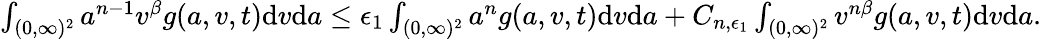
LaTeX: \begin{array}{r}{\int_{(0,\infty)^{2}}a^{n-1}v^{\beta}g(a,v,t)\textup{d}v\textup{d}a\leq\epsilon_{1}\int_{(0,\infty)^{2}}a^{n}g(a,v,t)\textup{d}v\textup{d}a+C_{n,\epsilon_{1}}\int_{(0,\infty)^{2}}v^{n\beta}g(a,v,t)\textup{d}v\textup{d}a.}\end{array}